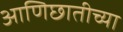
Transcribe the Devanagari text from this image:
आणिछातीच्या